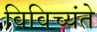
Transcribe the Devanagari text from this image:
विविच्यंते